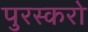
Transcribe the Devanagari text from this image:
पुरस्करो